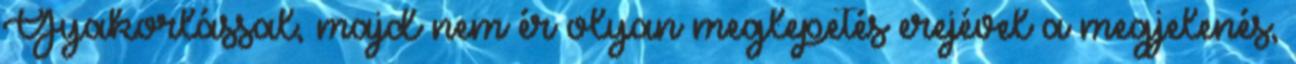
Gyakorlással, majd nem ér olyan meglepetés erejével a megjelenés,